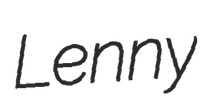
Lenny